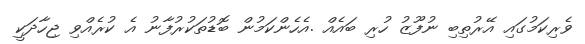
ވެރިކަމުގައި އޭރުތިބި ނުފޫޒު ހުރި ބައެއް .އެހެންކަމުން ބޮޑުތަކުރުފާނު އެ ކުރެއްވި ޖިހާދަކީ